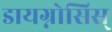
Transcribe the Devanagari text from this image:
डायग्नोसिस्